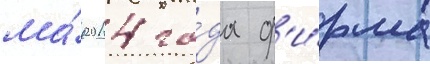
ма́я 2014 го́да ф'и́рма